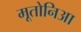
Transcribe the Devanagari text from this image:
मूतोनिआ